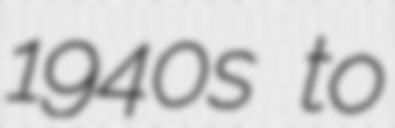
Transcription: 1940s to